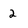
Character: 2